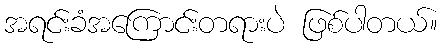
အရင်းခံအကြောင်းတရားပဲ ဖြစ်ပါတယ်။